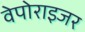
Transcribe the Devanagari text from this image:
वेपोराइजर